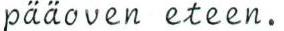
pääoven eteen.